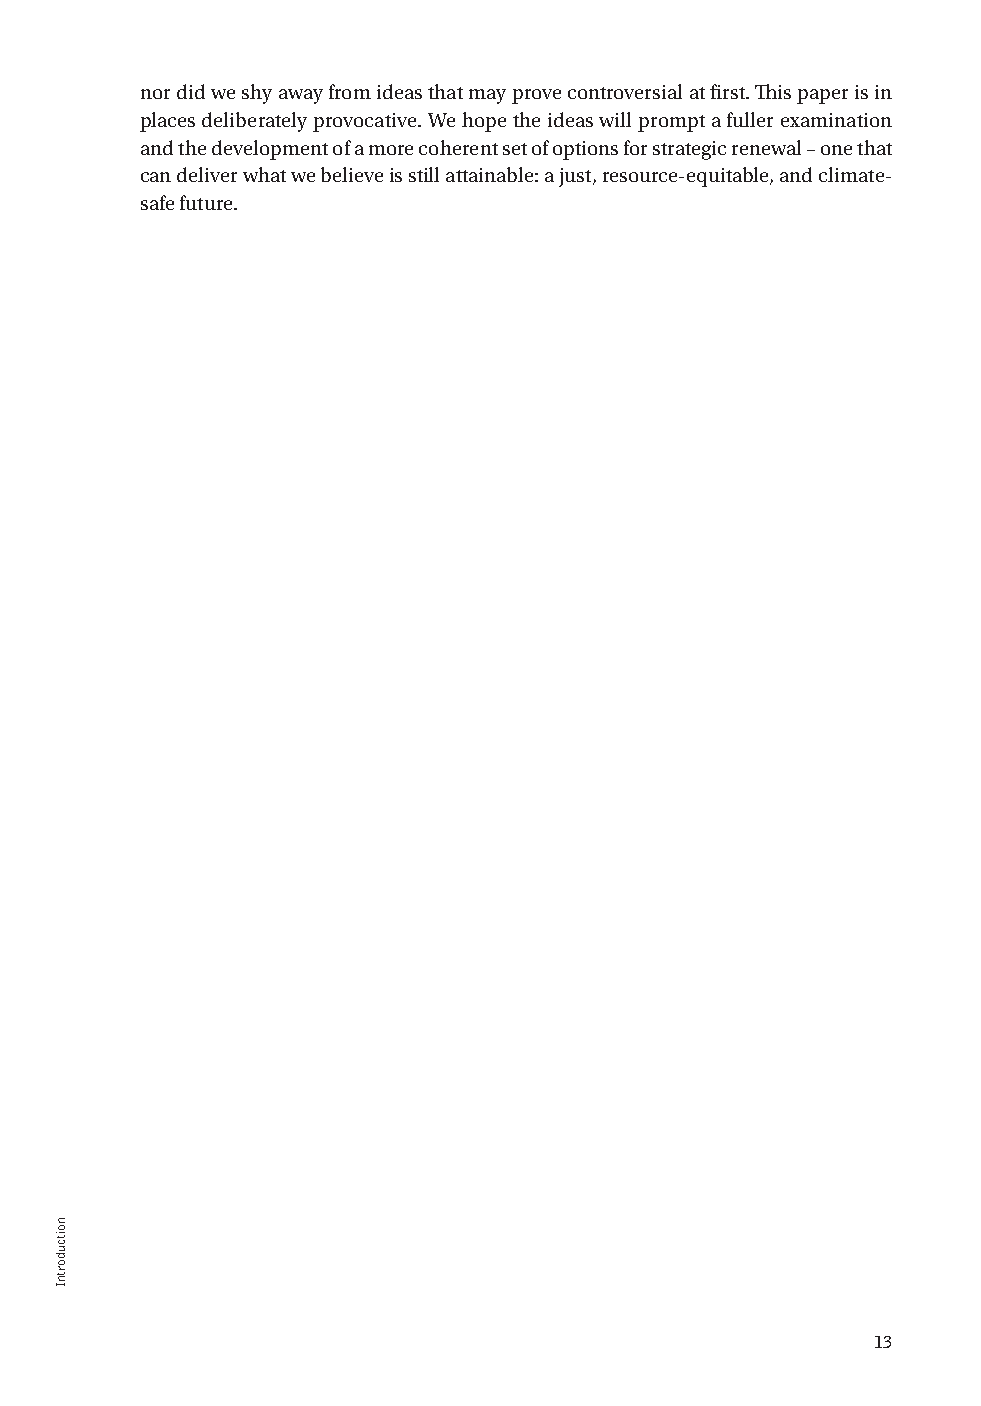
nor did we shy away from ideas that may prove controversial at first. This paper is in
 places deliberately provocative. We hope the ideas will prompt a fuller examination
 and the development of a more coherent set of options for strategic renewal – one that
 can deliver what we believe is still attainable: a just, resource-equitable, and climate-
 safe future.
 13
 teseR
 cigetartS
 a
 rof
 llaC
 A
 ?scitiloP
 etamilC
 lanoitanretnI
 rof
 erutuF
 tahW
 noitcudortnI